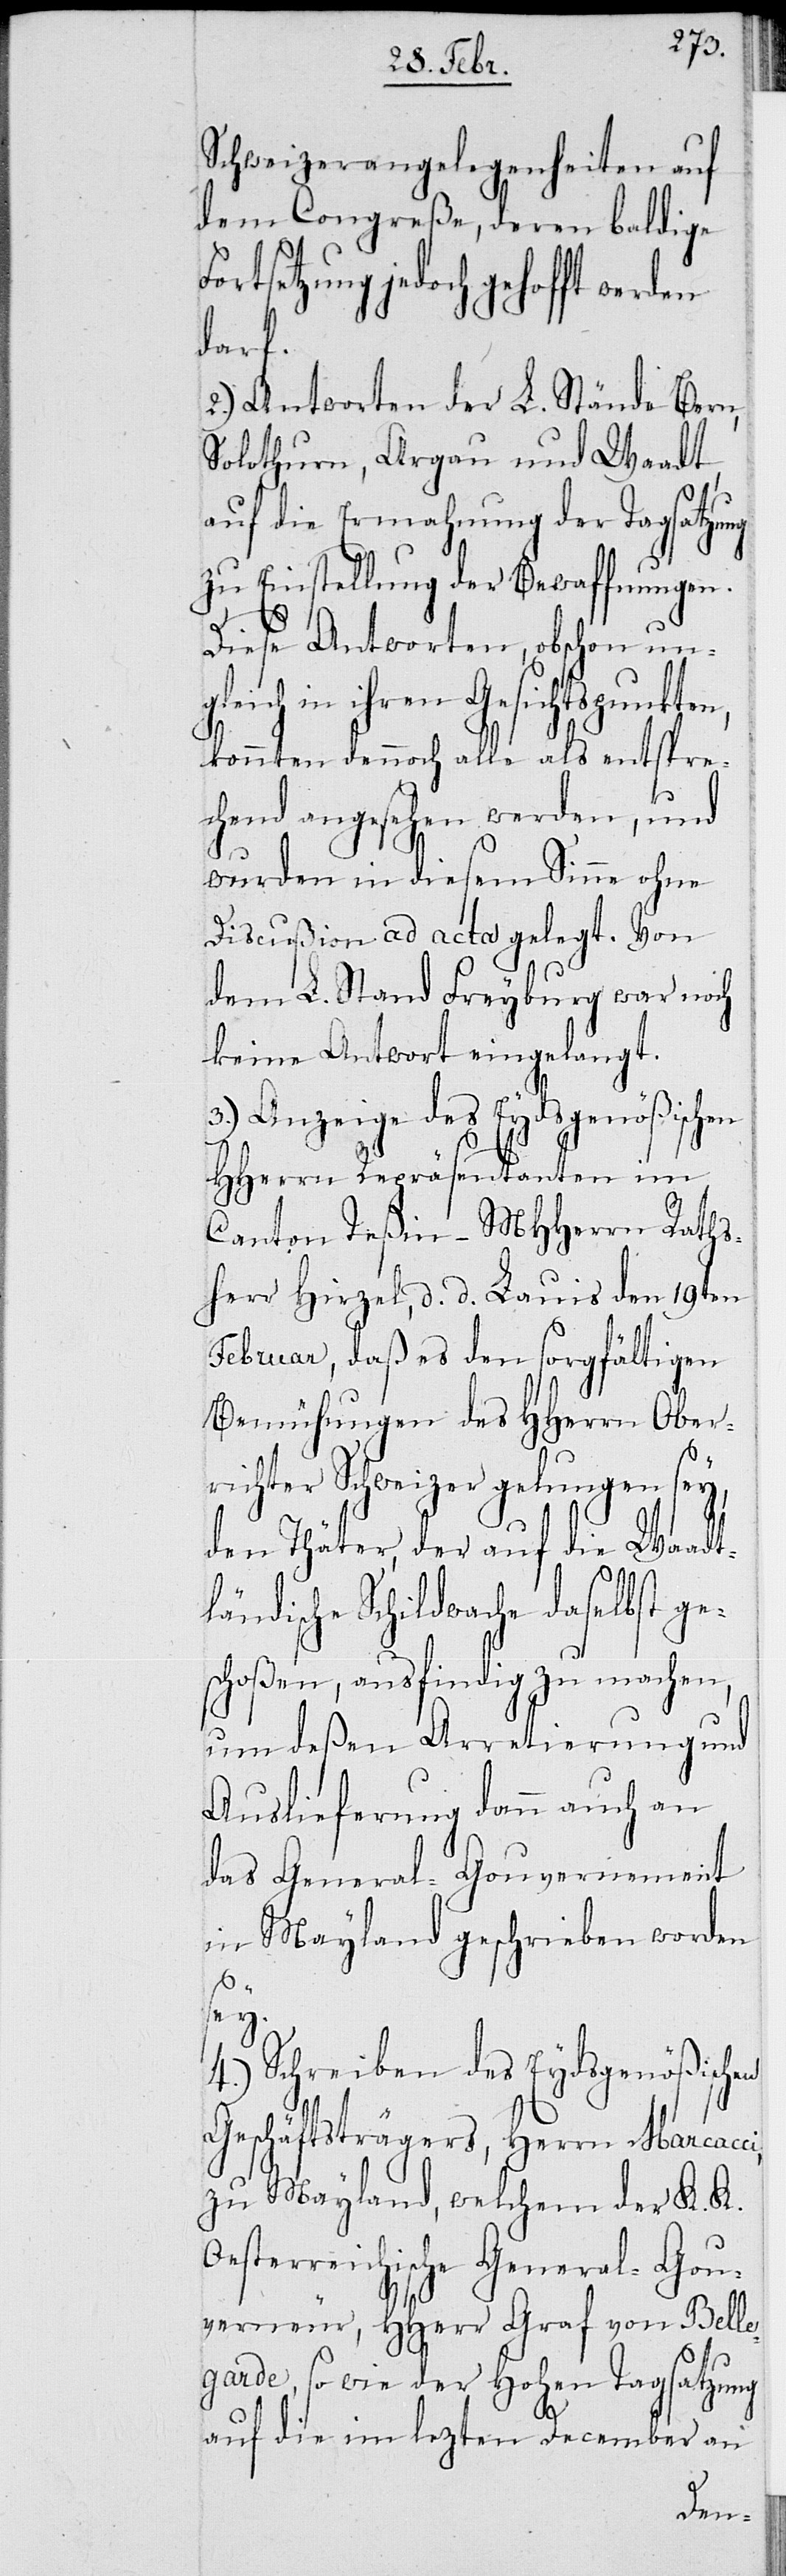
Schweizerangelegenheiten auf
dem Concreße, deren baldige
jedoch gehofft werden
darf.
2.) Antworten der L. Stände Bern,
Solothurn, Argau und Waadt,
auf die Ermahnung der Tagsatzung
zu Einstellung der Bewaffnungen.
Diese Antworten, obschon ungl¬
eich in ihren Gesichtspunkten,
konnten dennoch alle als entspre¬
chend angesehen werden, und
wurden in diesem Sinne ohne
Discußion ad acta gelegt. Von
dem L. Stand Freyburg war noch
keine Antwort eingelangt.
3.) Anzeige der Eydsgenößischen
HHerren Repräsentanten im
Canton Teßin – Mherrn Raths¬
herr Hirzel, d. d. Lauis den 19ten
Februar, daß es den sorgfältigen
Bemühungen des HHerrn Ober¬
richter Schweizer gelungen sey,
den Thäter, der auf die Waadtl¬
ändische Schildwache daselbst g¬
choßen, ausfindig zu machen,
ung und
um deßen Arretier¬
Auslieferung dann auch an
das General-Gouvernement
in Mayland geschrieben worden
sey.
4.) Schreiben des Eydsgenößischen
Geschäftsträgers, Herrn Marcacci,
zu Mayland, welchem der K. K.
Oesterreichische General-Gou¬
verneur, HHerr Graf von Belle¬
garde, so wie der Hohen Tagsatzung
auf die im lezten December an